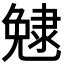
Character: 𨽺